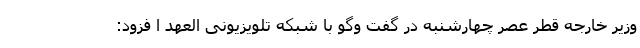
وزیر خارجه قطر عصر چهارشنبه در گفت وگو با شبکه تلویزیونی العهد ا فزود: